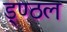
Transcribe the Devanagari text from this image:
ड्ण्ठल